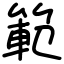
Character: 範